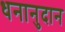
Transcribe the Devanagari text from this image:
धनानुदान